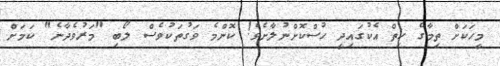
މީހަކަށް ތިމާގެ ހިތް އެކުގައިދީ ހުސްކޮށްނުލާށެވެ! ކޮންމެ ވަގުތަކުވެސް ލޯބި "މަރުވެދާނެ" ކަމަށް